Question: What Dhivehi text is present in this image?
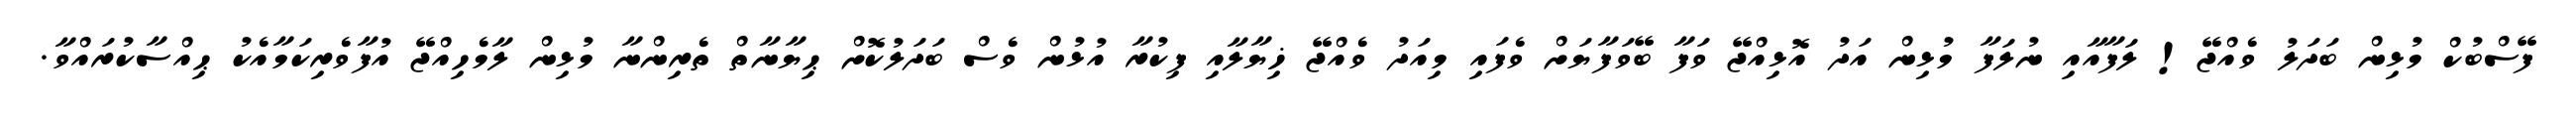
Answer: ފޭސްބުކް މުޅިން ބަދަލު ވެއްޖޭ! ލަފާއާއި ނުލަފާ މުޅިން އަދު އޮޅިއްޖޭ ވަފާ ބޭވަފާޔަށް ވެފައި މިއަދު ވެއްޖޭ ޚިޔާލާއި ފިކުރާ އުޅުން ވެސް ބަދަލުކޮށް ޙިޔާނާތް ތެރިންނާ މުޅިން ލާމެހިއްޖޭ އުފާވެރިކަމާއެކު ޙިއްސާކުރައްވާ.